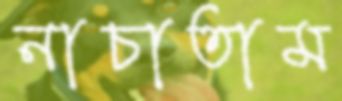
নাচাতাম